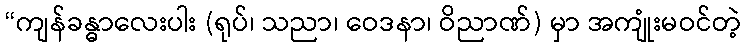
“ကျန်ခန္ဓာလေးပါး (ရုပ်၊ သညာ၊ ဝေဒနာ၊ ဝိညာဏ်) မှာ အကျုံးမဝင်တဲ့